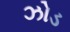
ઝોડ